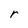
Character: r